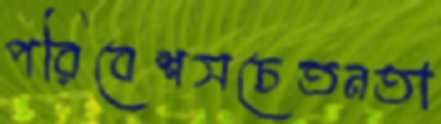
পরিবেশসচেতনতা